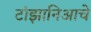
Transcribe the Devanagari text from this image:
टांझानिआचे